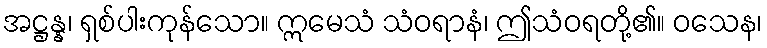
အဋ္ဌန္န၊ ရှစ်ပါးကုန်သော။ ဣမေသံ သံဝရာနံ၊ ဤသံဝရတို့၏။ ဝသေန၊